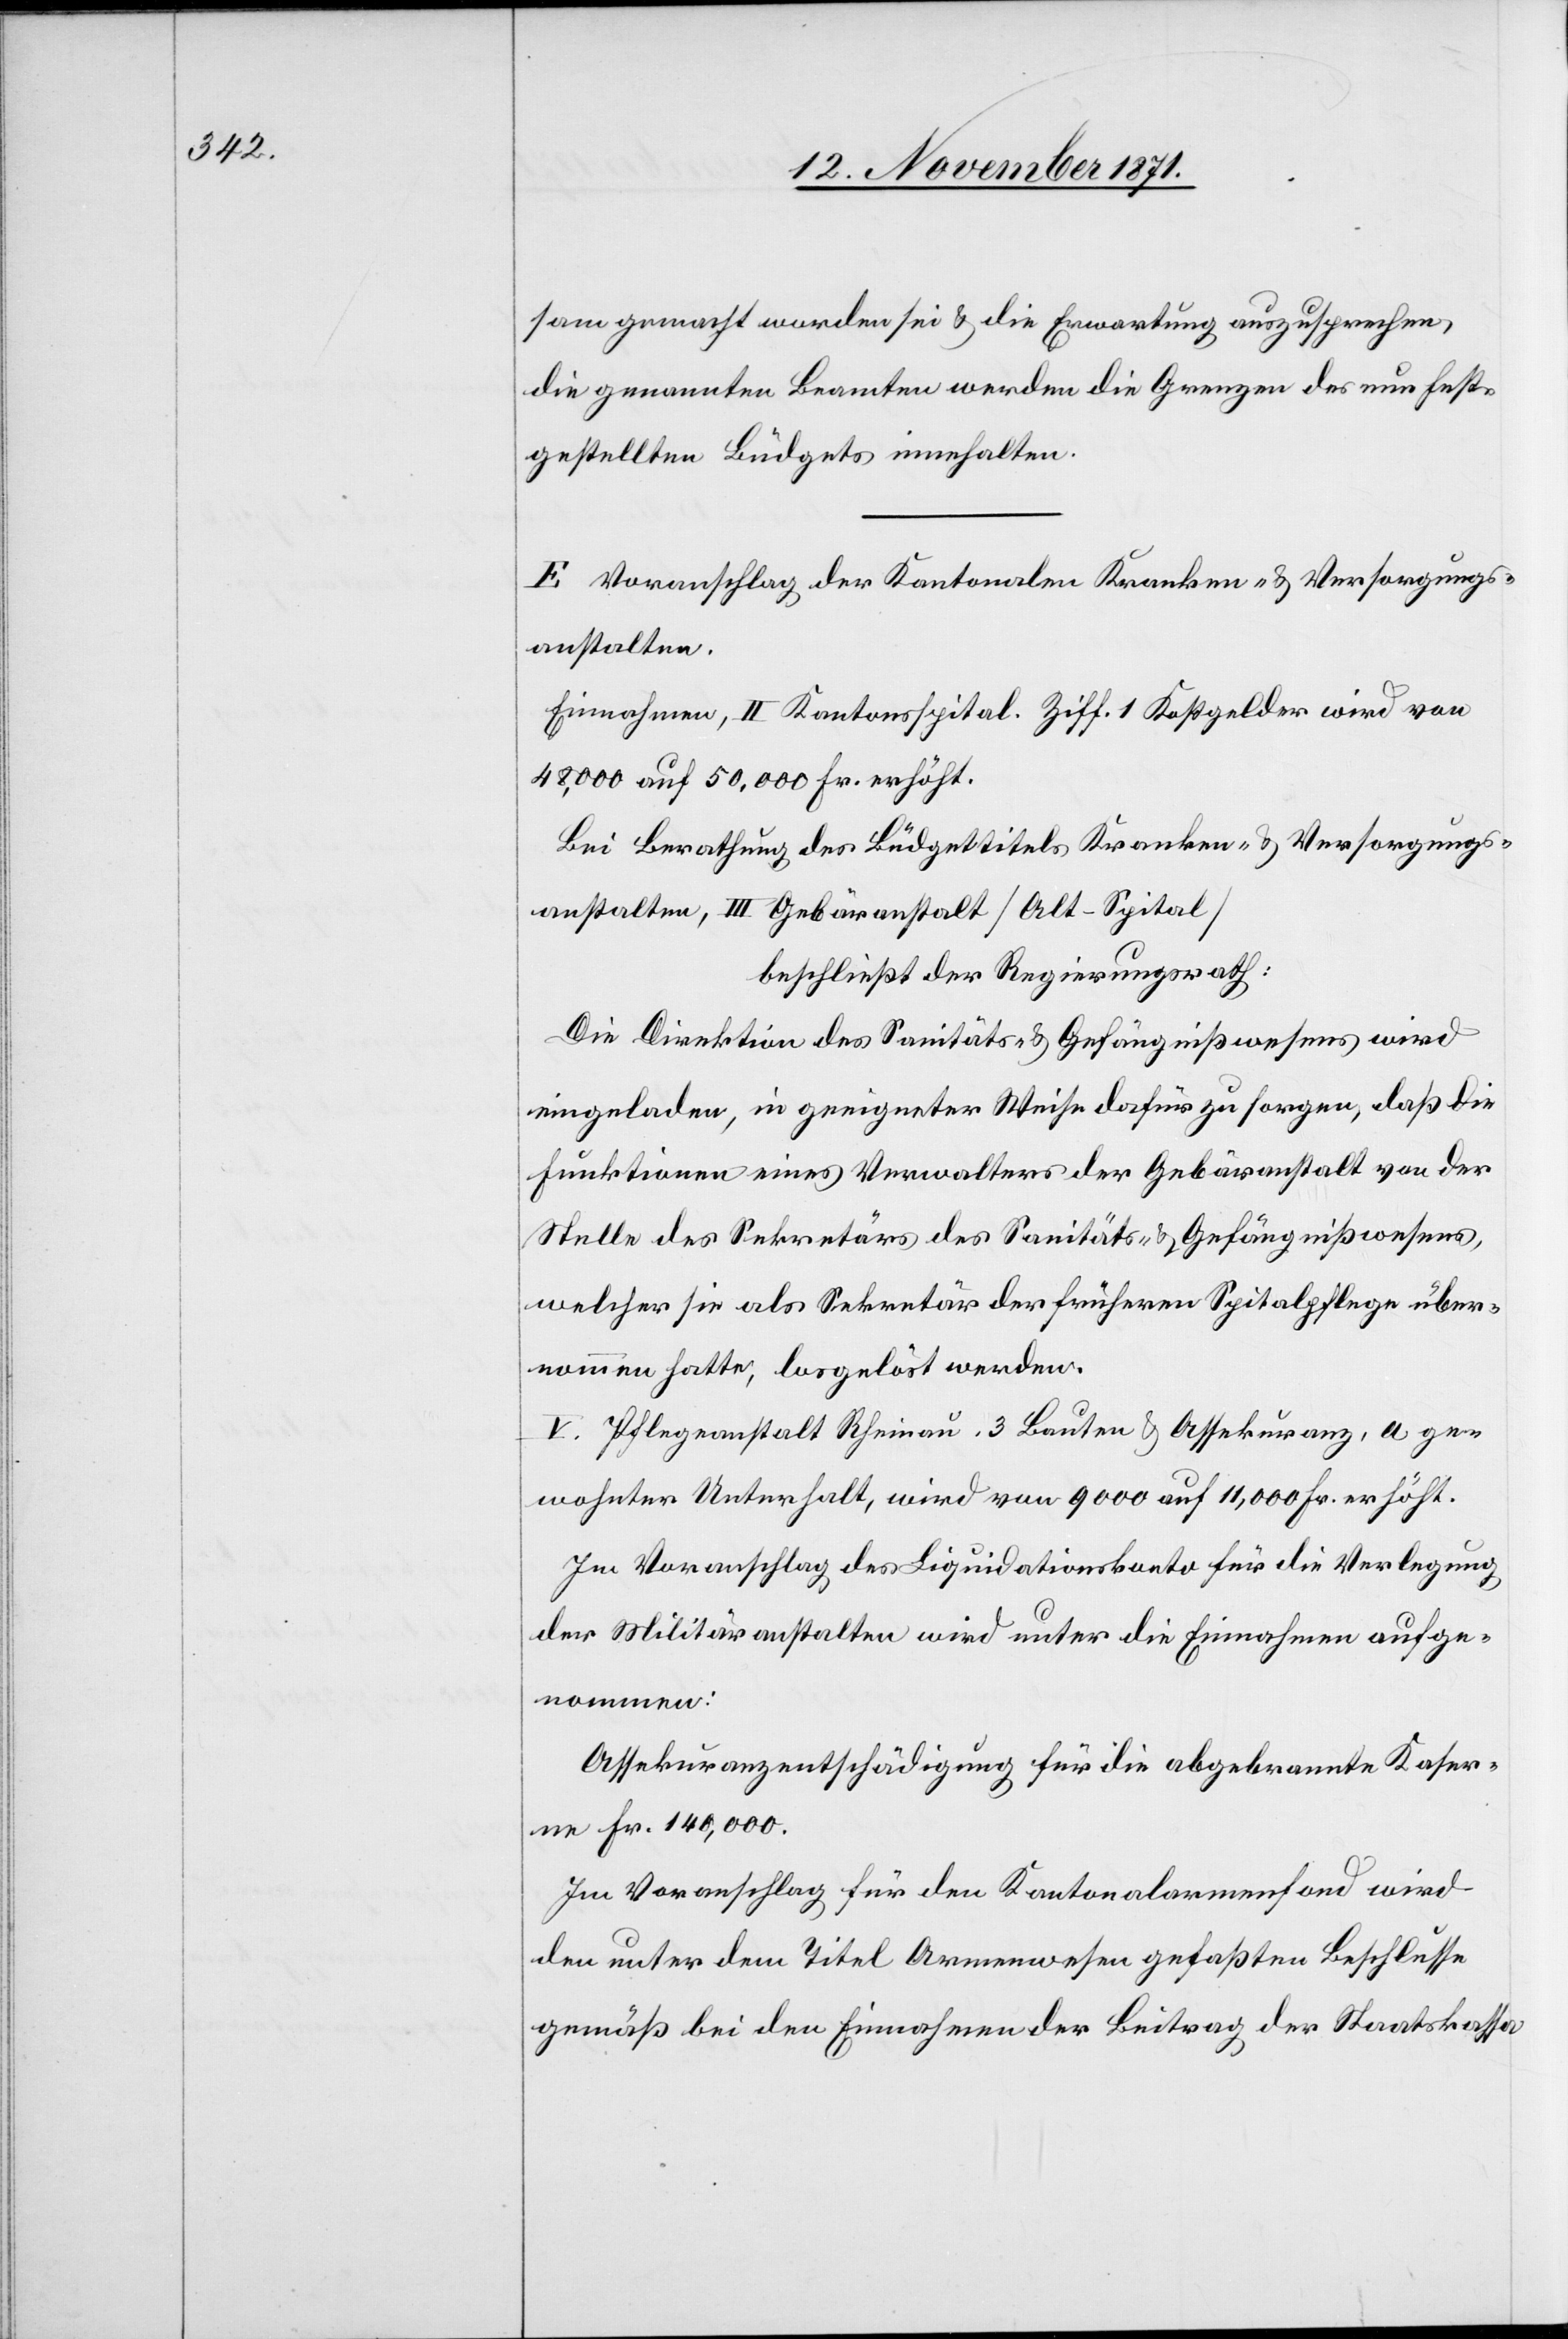
sam gemacht worden sei & die Erwartung auszusprechen,
die genannten Beamten werden die Grenzen des nun fest¬
gestellten Büdgets innehalten.
E Voranschlag der Kantonalen Kranken- & Versorgungs¬
anstalten.
Einnahmen, II Kantonsspital. Ziff. 1 Kostgelder wird von
48,000 auf 50,000 Fr. erhöht.
Bei Berathung des Büdgettitels Kranken- & Versorgungs¬
anstalten, III Gebäranstalt [Alt-Spital]
beschließt der Regierungsrath:
Die Direktion des Sanitäts- & Gefängnißwesens wird
eingeladen, in geeigneter Weise dafür zu sorgen, daß die
Funktionen eines Verwalters der Gebäranstalt von der
Stelle des Sekretärs des Sanitäts- & Gefängnißwesens,
welcher sie als Sekretär der früheren Spitalpflege über¬
nommen hatte, losgelöst werden.
V. Pflegeanstalt Rheinau. 3 Bauten & Assekuranz, a ge¬
machter Unterhalt, wird von 9000 auf 11,000 Fr. erhöht.
Im Voranschlag des Liquidationskonto für die Verlegung
der Militäranstalten wird unter die Einnahmen aufge¬
nommen:
Assekuranzentschädigung für die abgebrannte Kaser¬
ne Fr. 140,000.
Im Voranschlag für den Kantonalarmenfond wird
dem unter dem Titel Armenwesen gefaßten Beschlusse
gemäß bei den Einnahmen der Beitrag der Staatskassa